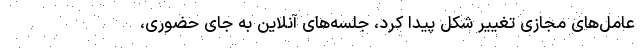
عامل‌های مجازی تغییر شکل پیدا کرد، جلسه‌های آنلاین به جای حضوری،